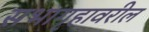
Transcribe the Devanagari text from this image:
सभागृहावरील